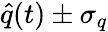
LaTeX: \hat{q}(t)\pm\sigma_{q}